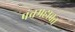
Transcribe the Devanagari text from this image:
पंचमहाव्रत